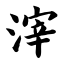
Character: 滓